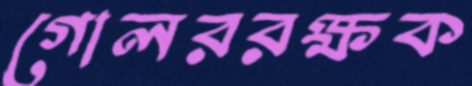
গোলররক্ষক